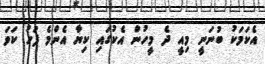
އެކަމަކު ބުނަނީ މިއީ ދެ މީހުން އެކުގައި ކިޔާ އެންމެ ފަހު ކަވަ